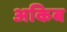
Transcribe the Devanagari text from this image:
अकिब